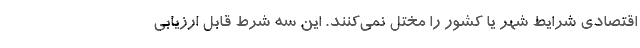
اقتصادی شرایط شهر یا کشور را مختل نمی‌کنند. این سه شرط قابل ارزیابی